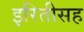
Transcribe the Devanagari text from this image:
इरितीसह